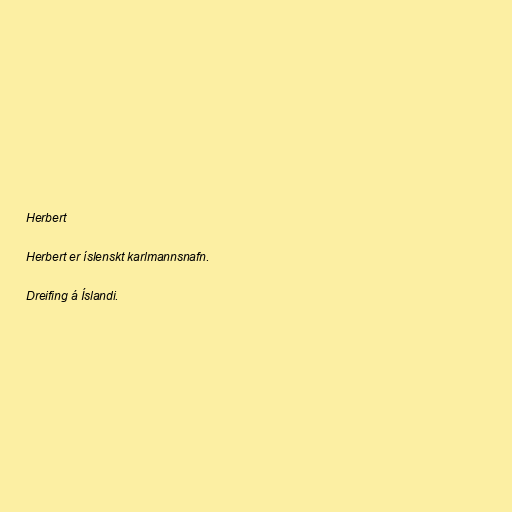
Herbert

Herbert er íslenskt karlmannsnafn.

Dreifing á Íslandi.